Statistical return of the lunatic asylum in Assam - 1912-1932
Year: 1912
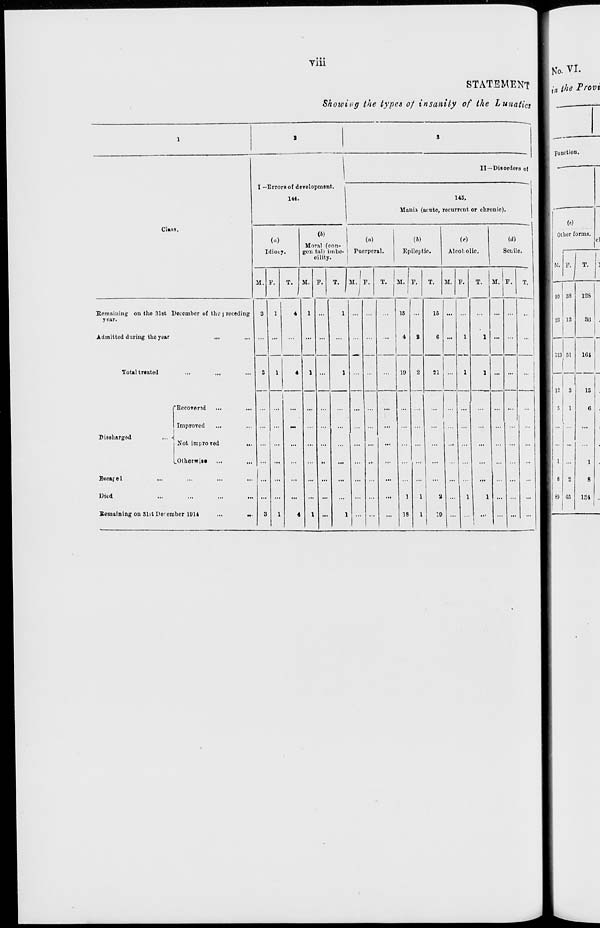
Till
STATEMENT I the Provi
Showing the types of insanity of the Lunatics
II—Disorders of
Class.
I —Errors of development.
1*4.
U5.
Muni i (acnte, recurrent or chronic).
(a)
Idiocy.
(i)
(a)
Mornl (con- I
gen.tal) imbe- I Puerperal,
cility.
w
Epileptic.
(«)
Alcol olic.
Sebile.
M. P.
II. F.
M. i F.
T.
M. P.
M. P.
T.
Remaining on the 31st December of the ] receding
year.
Admitted during the year
,,,
Total treated
3
1
S
1
DieoliRrgod
... <j
fBecover^d
Improved
Not imiroTed
v Otherwii« ...
Beoajel
...
Mud
Remaining on .SI t 1 >o ember 11)11
15
19
15
21
1
IS
M. P.
10